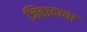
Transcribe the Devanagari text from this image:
जिहादच्या